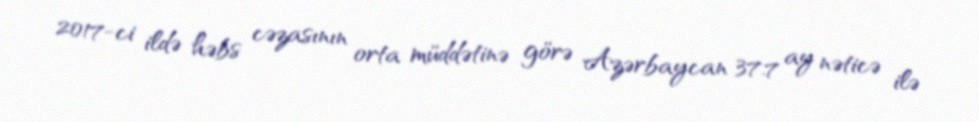
2017-ci ildə həbs cəzasının orta müddətinə görə Azərbaycan 37.7 ay nəticə ilə